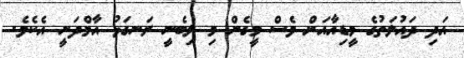
އަދި ދައުލަތުގެ މީޑިއާއަށް ވެސް މީގެން މި ލިބެނީ ރަނގަޅު އާމްދަނީ އެކެވެ.